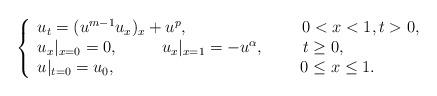
LaTeX: \begin{align*}\left\{\begin{array}{ll}u_{t}=(u^{m-1}u_{x})_{x}+u^{p},~~~~~~~~~~~~~~~~~~~~~0<x<1,t>0,\\u_{x}|_{x=0}=0,~~~~~~~~u_{x}|_{x=1}=-u^{\alpha},~~~~~~~t\geq{0},\\u|_{t=0}=u_{0},~~~~~~~~~~~~~~~~~~~~~~~~~~~~~~~~~~0\leq{x}\leq{1}. \end{array}\right.\end{align*}